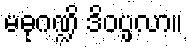
မဓုဂဏ္ဍိ ဒိဝပ္ဖလာ။